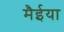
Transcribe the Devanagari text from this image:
मैईया